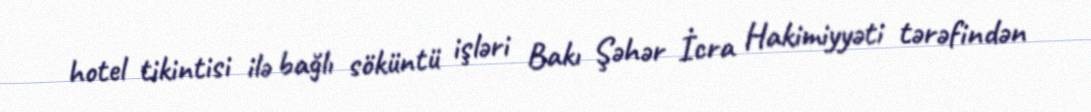
hotel tikintisi ilə bağlı söküntü işləri Bakı Şəhər İcra Hakimiyyəti tərəfindən